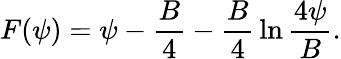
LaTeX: F(\psi)=\psi-{\frac{B}{4}}-{\frac{B}{4}}\ln{\frac{4\psi}{B}}.